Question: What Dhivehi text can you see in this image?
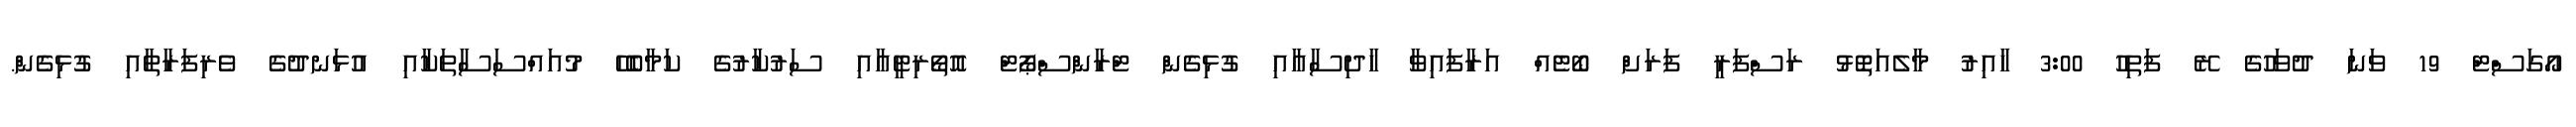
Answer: އޯގަސްޓް 19 ވަނަ ދުވަހުގެ ރޭ ފަތިހު 3:00 ހާއިރު މާލެއަތޮޅު ރަސްފަރީ ފަރަށް ބޯޓެއް އަރާފައިވާ ހާދިސާއާއި ގުޅިގެން ޓްރާންސްޕޯޓް އޮތޯރިޓީއާއި ސަރުކާރުގެ ކަމާބެހޭ މުއައްސަސާތަކާއި އުޅަނދުގެ ވެރިފަރާތާއި ގުޅިގެން.